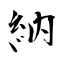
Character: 納